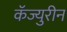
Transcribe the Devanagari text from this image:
कॅज्युरीन